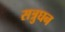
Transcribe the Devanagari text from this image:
सत्रुघन